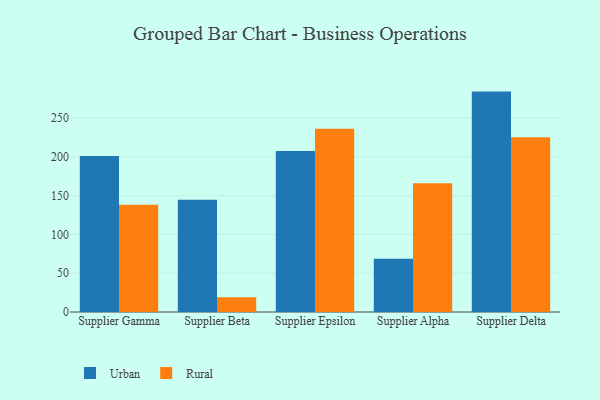
{"axis": {"x": "Supplier", "y": "Net Income (USD K)"}, "legend": ["Rural", "Urban"], "data": [{"x": "Supplier Gamma", "y": 201.2, "type": "Urban"}, {"x": "Supplier Gamma", "y": 138.4, "type": "Rural"}, {"x": "Supplier Beta", "y": 144.8, "type": "Urban"}, {"x": "Supplier Beta", "y": 19.0, "type": "Rural"}, {"x": "Supplier Epsilon", "y": 207.8, "type": "Urban"}, {"x": "Supplier Epsilon", "y": 236.4, "type": "Rural"}, {"x": "Supplier Alpha", "y": 68.7, "type": "Urban"}, {"x": "Supplier Alpha", "y": 166.0, "type": "Rural"}, {"x": "Supplier Delta", "y": 284.3, "type": "Urban"}, {"x": "Supplier Delta", "y": 225.4, "type": "Rural"}]}